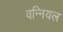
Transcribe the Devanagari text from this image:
वन्नियल